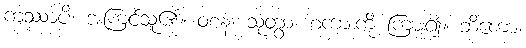
ကဿာပိ၊ အကြင်သူ၏။ ဝစနံ၊ သုတွာ၊ စကားကို ကြား၍။ ဘိကော၊